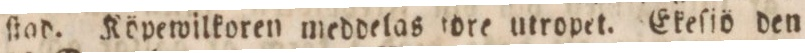
ſtad. Köpewilkoren medddelas ſore utropet. Ekeſiö den